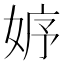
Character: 𡜾